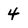
Character: 4